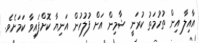
އާއިލާ އިން ތުހުމަތު ކުރަނީ ޝާމިން އަށް ފުލުހުން އަނިޔާ ކޮށްފައިވާ ކަމަށެވެ.